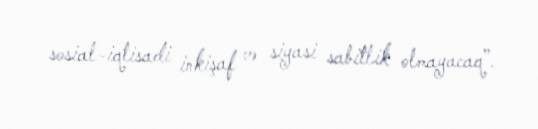
sosial-iqtisadi inkişaf və siyasi sabitlik olmayacaq”.